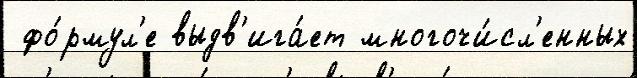
 фо́рмул'е выдв'ига́ет многочи́сл'енных